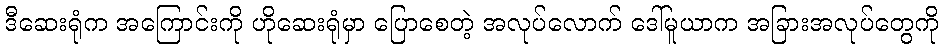
ဒီဆေးရုံက အကြောင်းကို ဟိုဆေးရုံမှာ ပြောစေတဲ့ အလုပ်လောက် ဒေါ်မူယာက အခြားအလုပ်တွေကို